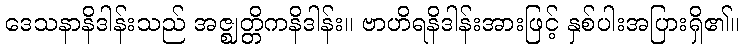
ဒေသနာနိဒါန်းသည် အဇ္ဈတ္တိကနိဒါန်း။ ဗာဟိရနိဒါန်းအားဖြင့် နှစ်ပါးအပြားရှိ၏။